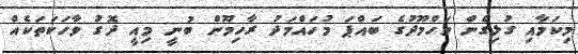
މިކަމާއި ގުޅިގެން މަހްމޫދުގެ ބައްޕަ މުހައްމަދު ރާހިމޫން ބުނީ މިއީ ދޮގު ވާހަކަތަކެއް